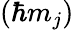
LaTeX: \left(\hbar m_{j}\right)